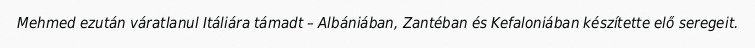
Mehmed ezután váratlanul Itáliára támadt – Albániában, Zantéban és Kefaloniában készítette elő seregeit.